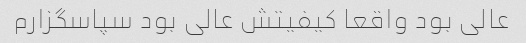
عالی بود واقعا کیفیتش عالی بود سپاسگزارم